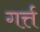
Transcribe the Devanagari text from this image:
गर्त्त